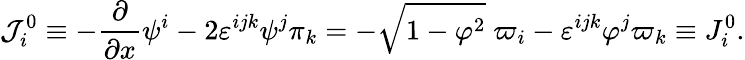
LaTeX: {\cal J}_{i}^{0}\equiv-\frac\partial{\partial x}\psi^{i}-2\varepsilon^{ijk}\psi^{j}\pi_{k}=-\sqrt{1-{\mathbf\varphi}^{2}}\; \varpi_{i}-\varepsilon^{ijk}\varphi^{j}\varpi_{k}\equiv J_{i}^{0}.